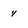
Character: 4